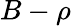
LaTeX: B-\rho